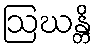
ဩဃန္တိ